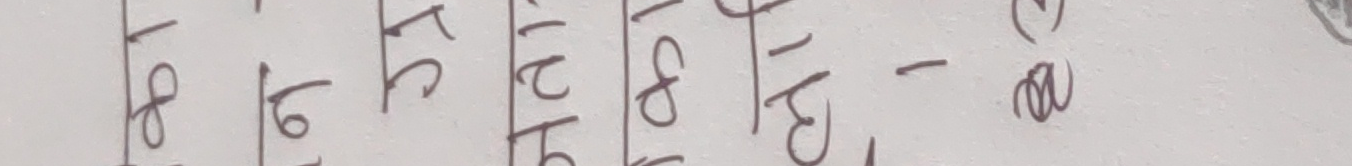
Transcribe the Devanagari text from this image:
१४ १७ ५८ १२ १८ १३ -९ (अ)